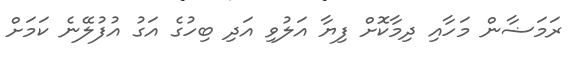
ރަމަޟާން މަހާއި ދިމާކޮށް ފިޔާ އަލުވި އަދި ބިހުގެ އަގު އުފުލޭނެ ކަމަށް